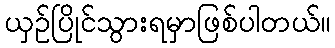
ယှဥ်ပြိုင်သွားရမှာဖြစ်ပါတယ်။